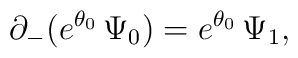
\partial _- (e^{\theta _0}\,\Psi _0)=e^{\theta _0}\,\Psi _1,